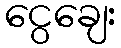
ငွေချေး